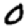
Digit: 0